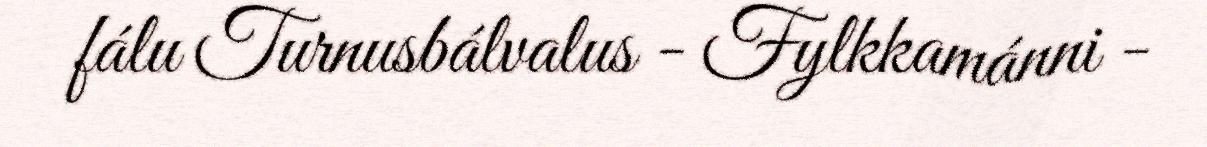
fálu Turnusbálvalus - Fylkkamánni -